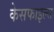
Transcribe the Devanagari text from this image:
केसफाइल्स